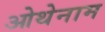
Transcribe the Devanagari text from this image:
ओथेनाम